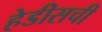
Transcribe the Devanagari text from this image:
हेडीसची